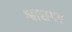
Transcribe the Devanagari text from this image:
श्वासगत